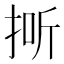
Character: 𱟺